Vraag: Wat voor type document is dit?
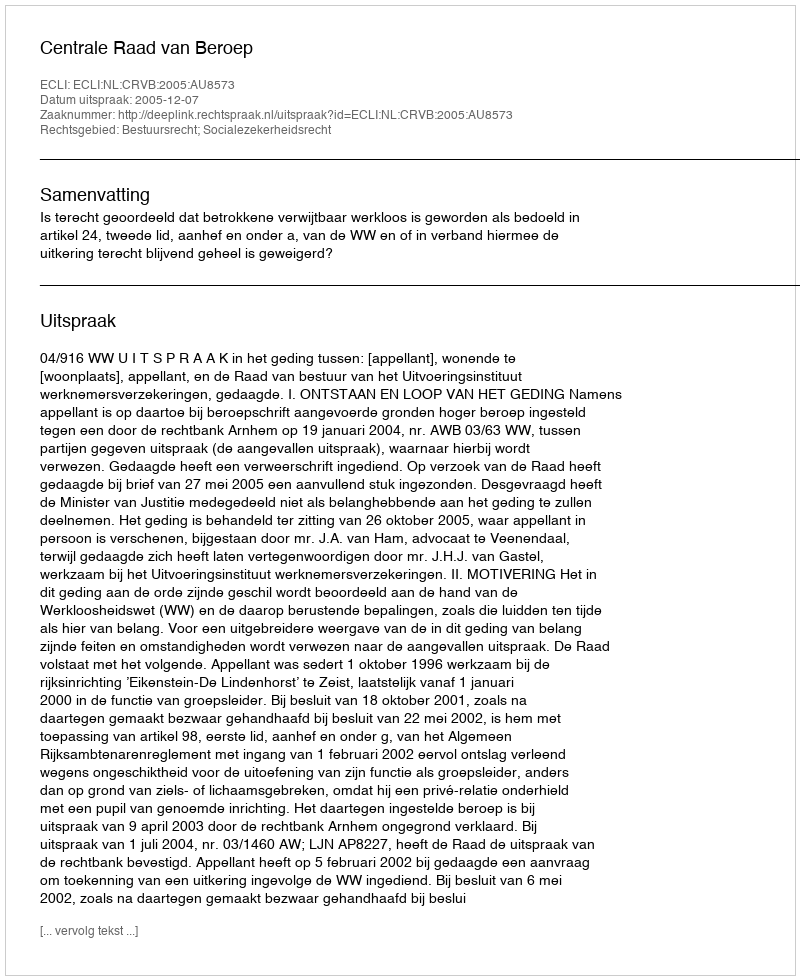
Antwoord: Uitspraak